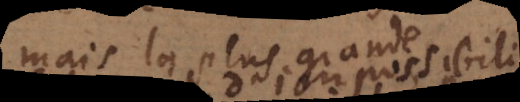
mais la plus grande science,